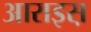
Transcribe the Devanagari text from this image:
आराइस़